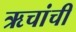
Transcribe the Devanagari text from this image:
ऋचांची